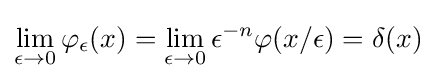
\lim _{\epsilon \to 0}\varphi _{\epsilon }(x)=\lim _{\epsilon \to 0}\epsilon ^{-n}\varphi (x/\epsilon )=\delta (x)